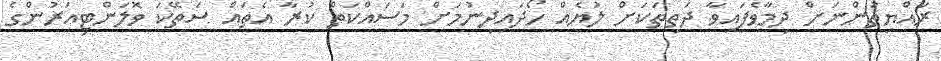
ރައްޔިތުންނަށް ދިމާވެފައިވާ ދަތިތަކަށް ލުޔެއް ހޯދައިދިނުމަށް މަސައްކަތް ކުރާ އެތައް ސަތޭކަ ވޮލަންޓިއަރުންގެ